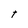
Character: t